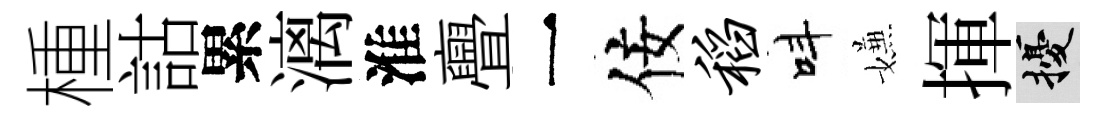
㮔詁累漓淮亹一佞稻呌嫌揮擾